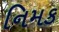
નિમક